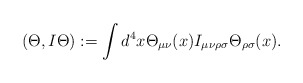
\begin{align*}(\Theta, I \Theta):= \int d^4x \Theta_{\mu\nu}(x) I_{\mu\nu\rho\sigma} \Theta_{\rho\sigma}(x) .\end{align*}